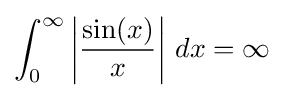
\int _{0}^{\infty }\left|{\frac {\sin(x)}{x}}\right|\,dx=\infty